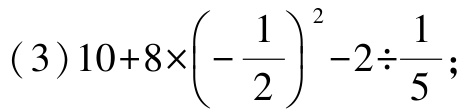
\((3)10 + 8\times\left(-\dfrac{1}{2}\right)^{2}-2\div\dfrac{1}{5};\)